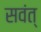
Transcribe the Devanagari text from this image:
सवंत्